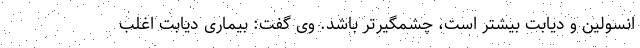
انسولین و دیابت بیشتر است، چشمگیرتر باشد. وی گفت: بیماری دیابت اغلب